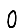
Digit: 0